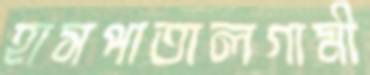
হাসপাতালগামী